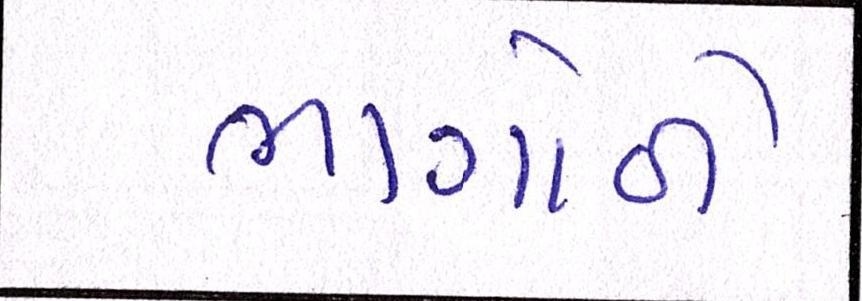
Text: ભાગોળે